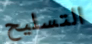
التسليح